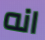
انه